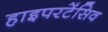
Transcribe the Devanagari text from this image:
हाइपरटेंसिव